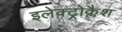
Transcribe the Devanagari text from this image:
इलेक्ट्रोक्लैश